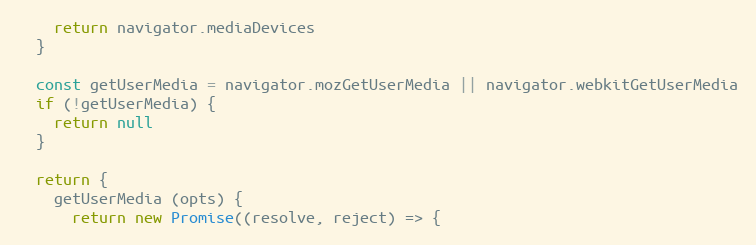
Language: JavaScript
    return navigator.mediaDevices
  }

  const getUserMedia = navigator.mozGetUserMedia || navigator.webkitGetUserMedia
  if (!getUserMedia) {
    return null
  }

  return {
    getUserMedia (opts) {
      return new Promise((resolve, reject) => {